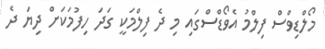
މޯލްޑިވްސް ފިލްމު އެވޯޑްސްގައި މި ދެ ފިލްމަކީ ގަދަ ހިފުމަކަށް ދިޔަ ދެ